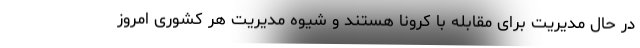
در حال مدیریت برای مقابله با کرونا هستند و شیوه مدیریت هر کشوری امروز